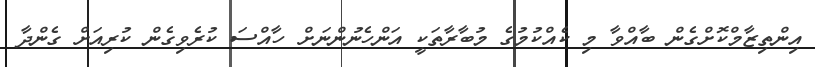
އިންތިޒާމްކޮށްގެން ބާއްވާ މި ކެއްކުމުގެ މުބާރާތަކީ އަންހެނުންނަށް ހާއްސަ ކުރެވިގެން ކުރިއަށް ގެންދާ